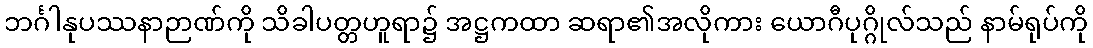
ဘင်္ဂါနုပဿနာဉာဏ်ကို သိခါပတ္တဟူရာ၌ အဋ္ဌကထာ ဆရာ၏အလိုကား ယောဂီပုဂ္ဂိုလ်သည် နာမ်ရုပ်ကို